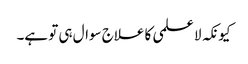
کیونکہ لا علمی کا علاج سوال ہی تو ہے۔